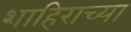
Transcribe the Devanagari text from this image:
शाहिराच्या